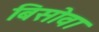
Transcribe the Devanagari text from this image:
बिसोवा